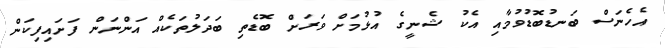
އެހެނަސް ބަނޑުބޮޑުވުމާއި އެކު ޝެނީގެ އުޅުމަށް ވަރަށް ބޮޑެތި ބަދަލުތަކެއް އަންނަން ފަށައިފިކަން